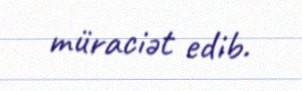
müraciət edib.